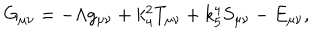
G _ { \mu \nu } = - \Lambda g _ { \mu \nu } + k _ { 4 } ^ { 2 } T _ { \mu \nu } + k _ { 5 } ^ { 4 } S _ { \mu \nu } - E _ { \mu \nu } ,